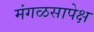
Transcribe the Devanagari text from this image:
मंगळसापेक्ष